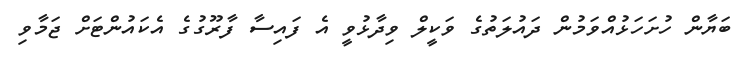
ބަޔާން ހުށަހަޅުއްވަމުން ދައުލަތުގެ ވަކީލް ވިދާޅުވީ އެ ފައިސާ ފާރޫގުގެ އެކައުންޓަށް ޖަމާވި